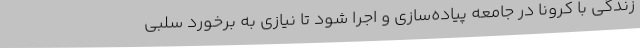
زندگی با کرونا در جامعه پیاده‌سازی و اجرا شود تا نیازی به برخورد سلبی